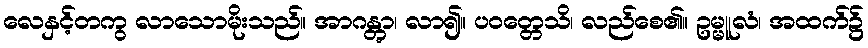
လေနှင့်တကွ လာသောမိုးသည်။ အာဂန္တွာ၊ လာ၍။ ပဝတ္တေသိ၊ လည်စေ၏။ ဥမ္မူလံ၊ အထက်၌